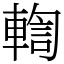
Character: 輷